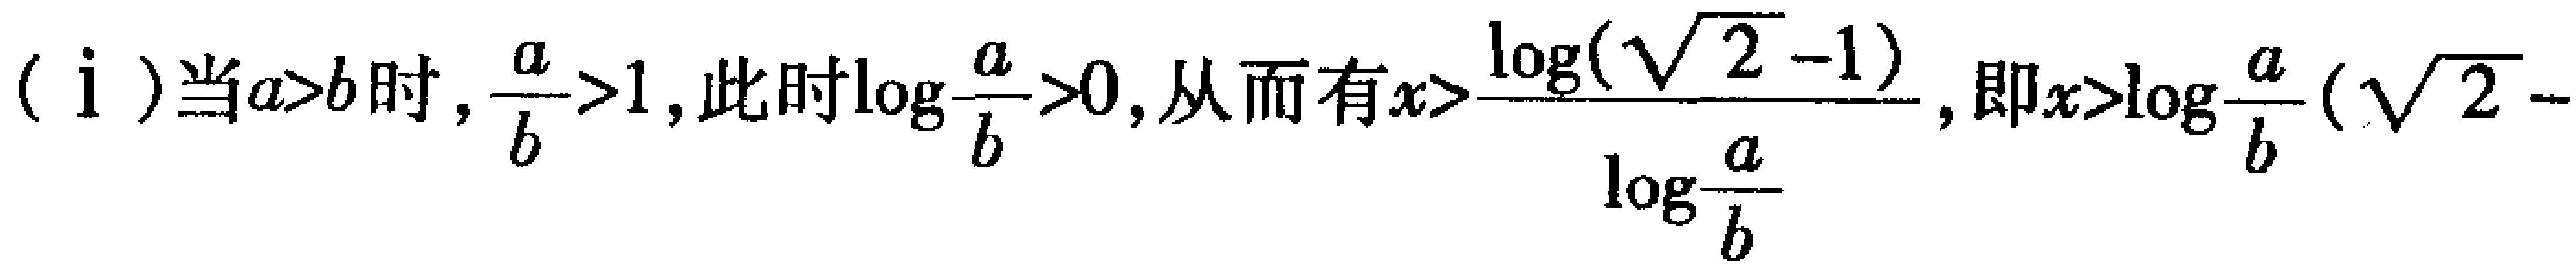
（i）当\(a > b\)时，\(\frac{a}{b}>1\)，此时\(\log\frac{a}{b}>0\)，从而有\(x > \frac{\log(\sqrt{2}-1)}{\log\frac{a}{b}}\)，即\(x > \log_{\frac{a}{b}}(\sqrt{2}- \)